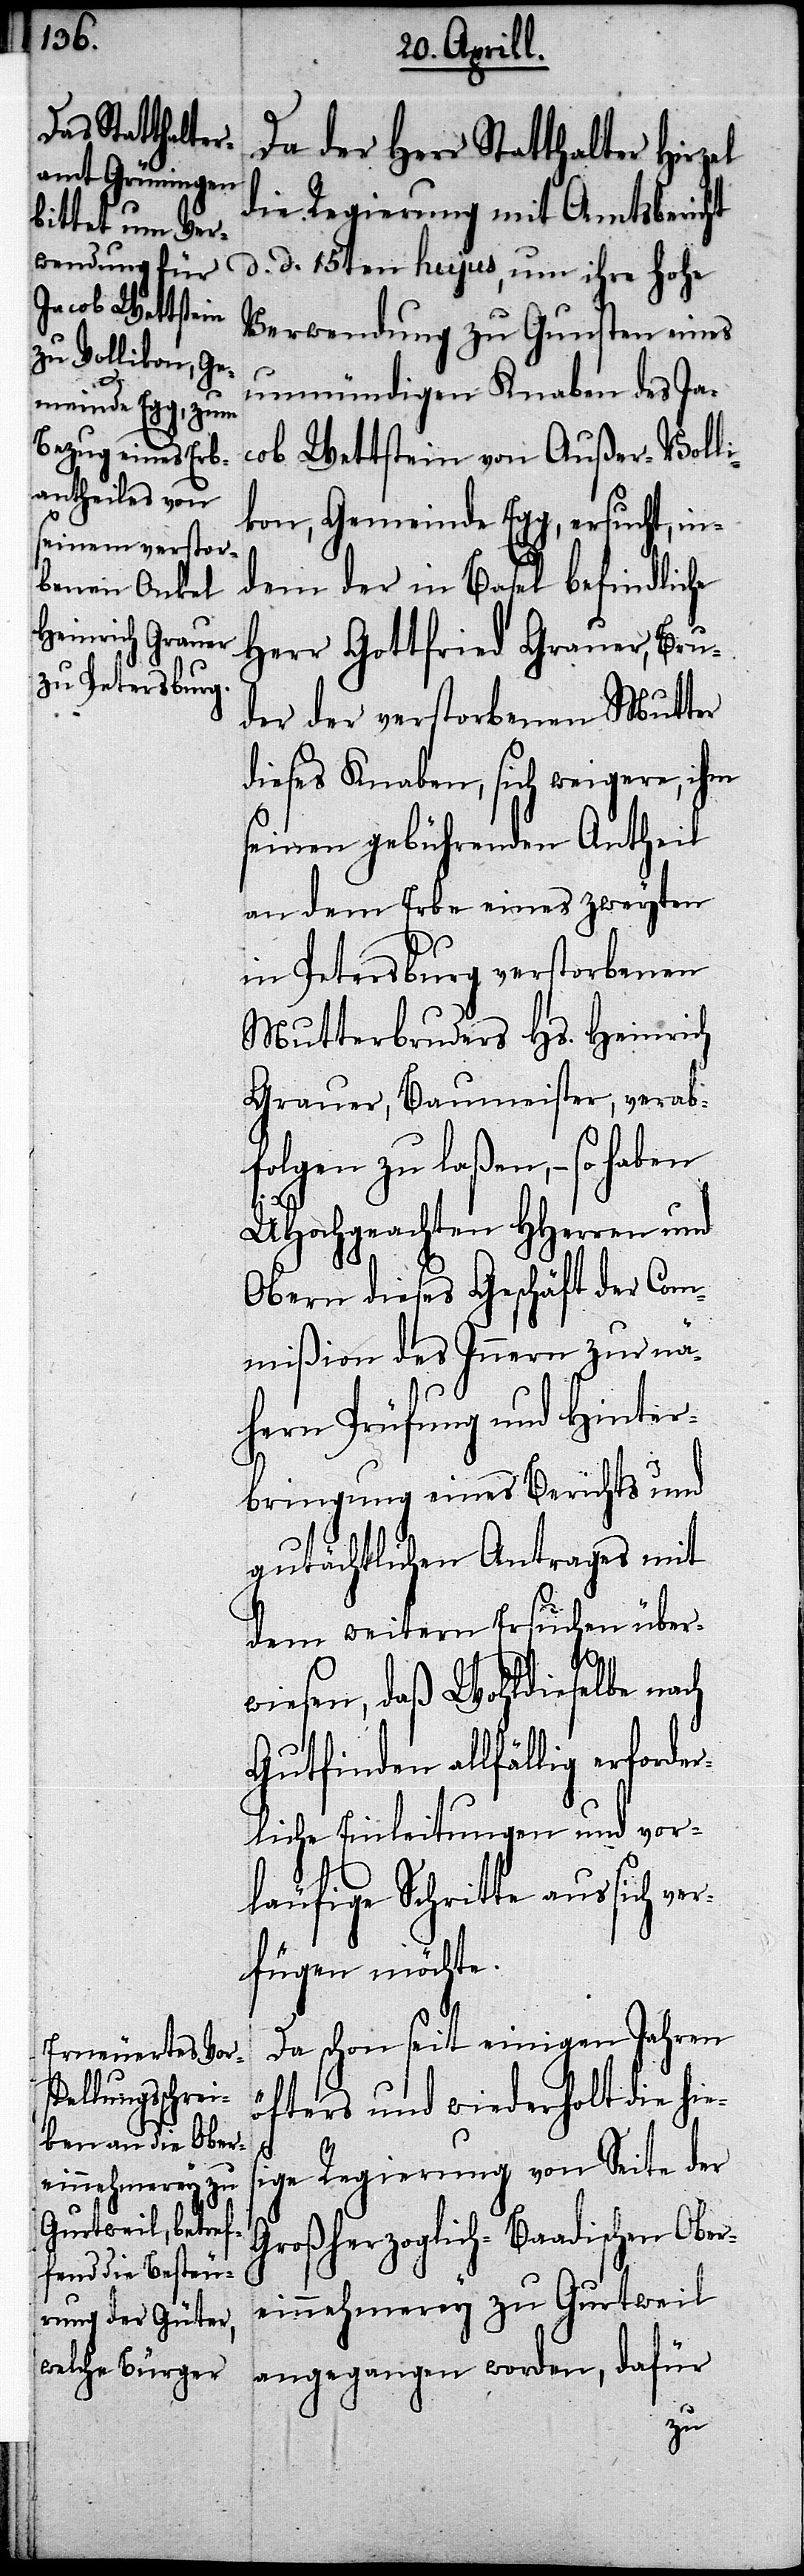
Da der Herr Statthalter Hirzel
die Regierung mit Amtsbericht
d. d. 15ten hujus, um ihre hohe
Verwendung zu Gunsten eines
unmündigen Knaben des Ja¬
cob Wettstein von Außer-Volli¬
kon, Gemeinde Egg, ersucht, in¬
dem der in Basel befindliche
Herr Gottfried Grauer, Bru¬
der der verstorbenen Mutter
dieses Knaben, sich weigere, ihm
seinen gebührenden Antheil
an dem Erbe eines zweyten
in Petersburg verstorbenen
Mutterbruders Hs. Heinrich
Grauer, Baumeister, verab¬
folgen zu laßen,– so haben
UHochgeachten HHerren und
Obern dieses Geschäft der Com¬
mißion des Innern zur nä¬
hern Prüfung und Hinter¬
bringung eines Berichts und
gutächtlichen Antrages mit
dem weitern Ersuchen über¬
wiesen, daß Wohldieselben nach
Gutfinden allfällig erforder¬
liche Einleitungen und vor¬
läufige Schritte aus sich ve¬
rfügen möchte.
Da schon seit einigen Jahren
öfters und wiederholt die hies¬
ige Regierung von Seite der
Großherzoglich-Baadischen Ober¬
einnehmerey zu Gurtweil
angegangen worden, dafür